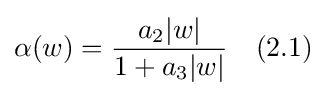
\alpha (w)={\frac {a_{2}|w|}{1+a_{3}|w|}}\quad (2.1)